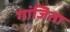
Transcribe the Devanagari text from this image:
गांजिता